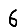
Digit: 6